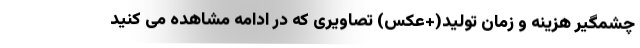
چشمگیر هزینه و زمان تولید(+عکس) تصاویری که در ادامه مشاهده می کنید